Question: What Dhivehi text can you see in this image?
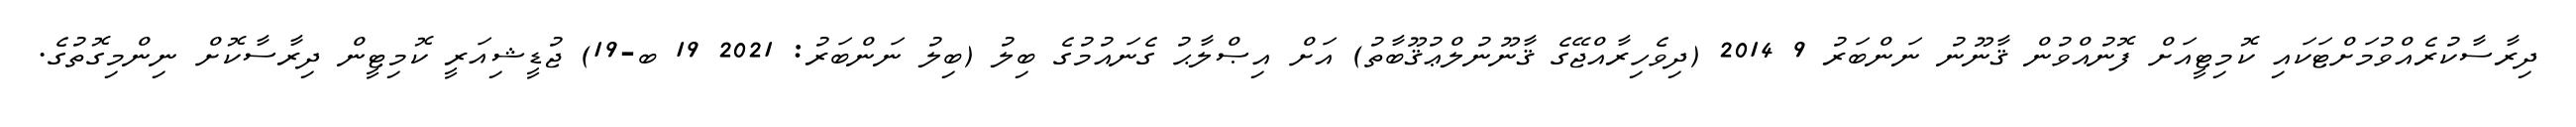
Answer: ދިރާސާކުރެއްވުމަށްޓަކައި ކޮމިޓީއަށް ފޮނުއްވުން ޤާނޫނު ނަންބަރު 9 2014 (ދިވެހިރާއްޖޭގެ ޤާނޫނުލްޢުޤޫބާތު) އަށް އިޞްލާޙު ގެނައުމުގެ ބިލު (ބިލު ނަންބަރު: 2021 19 ބ-19) ޖުޑީޝިއަރީ ކޮމިޓީން ދިރާސާކޮށް ނިންމިގޮތުގެ.